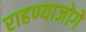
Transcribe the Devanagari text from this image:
राहण्याजोगे